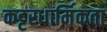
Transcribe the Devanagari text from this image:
कट्टरधार्मिकता